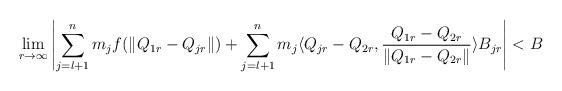
LaTeX: \begin{align*} \lim\limits_{r\rightarrow\infty}\left|\sum\limits_{j=l+1}^{n}m_{j}f(\|Q_{1r}-Q_{jr}\|)+\sum\limits_{j=l+1}^{n}m_{j}\langle Q_{jr}-Q_{2r},\frac{Q_{1r}-Q_{2r}}{\|Q_{1r}-Q_{2r}\|}\rangle B_{jr}\right|<B \end{align*}